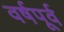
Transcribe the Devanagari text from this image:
वर्षपूर्व